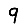
Digit: 9